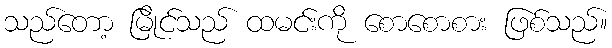
သည်တော့ မြိုင်သည် ထမင်းကို စောစောစား ဖြစ်သည်။